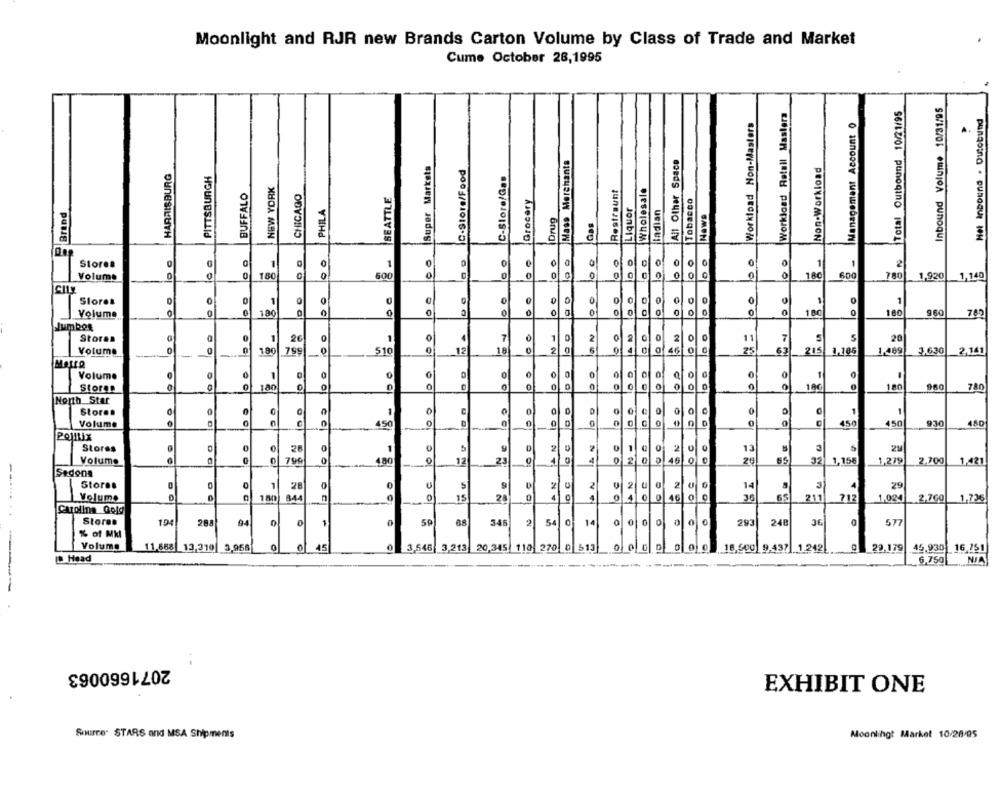
Moonlight and RJR new Brands Carton Volume by Class of Trade and Market
Cume October 28,1995
NoTotal Outbound 10/21/95
Inbound Volume 10/31/95
Workload Retail Masters
Het Inbound . Dutobund
Workload Non-Masters
Management Account 0
0 0 0 0 Super Markets
Mass Merchants
All Other Space
HARRISBURG
C-Store/Food
Non-Workload
PITTSBURGH
C-Slore/Gas
NEW YORK
Restraunt
Wholesale
BUFFALO
CHICAGO
SEATTLE
Grocery
Tobacco
Brand
PHILA
Liquor
indian
Drug
News
Gas
00
00
00
00
00
00
100
-
0
Stores
1
0
0
0
0
1
Volume
0
180
600
0
0
0
180
600
780
1,920 1,140
CILy
100
00
00
00
00
..
Stores
1
0
0
0
0
0
0
0
0
1
0
Volume
18
0
0
0
C
0
0
180
180
785
JumboR
..
00 00
00
00
Stores
0
1
0
1
7
1
0
2
2
0
0
11
7
20
180
26
18
Volume
-
799
0
510
12
2
0 46
25
215
1,186
1.489
3,630
2.141
0.
..
00
100
100
20 10000
..
-
Volume
1
0
0
0
0
1
Stores
180
0
0
0
0
190
180
780
De 100
North Star
-
10= 100 100
AN DO
Stores
0
0
0
0
1
Volume
0
450
0
-
450
450
930
450
Pojflix
0.
loc le c
AN
100
Stores
26
5
9
D
1
0
2
13
21
Volume
799
480
0
12
0
20
32
1,279
2,700
23
2 0
65
1,156
1,421
Sedons
DO
0 €
Stores
0
1
26
0
0
U
5
9
2
2
0
2
10
14
3
29
Volume
180
844
15
28
0
4
4
36
65
211
712
1.024
2,760
1,736
Carolina Golg
0
Stores
101
288
94
1
0
59
68
2
54
0
14
00 0
0
293
248
577
346
% of Mkl
Volume
11.568
12,310
3,958
0 45
0
20,345 110 270 0 513
0
0 000
29,179
45.930 16,751
3,546| 3,213
16.500 9.437 1.242
I Head
6,750
NJA
2071660063
EXHIBIT ONE
Source" STARS and MSA Shipments
Moonlingt Market 10/28/95